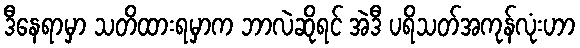
ဒီနေရာမှာ သတိထားရမှာက ဘာလဲဆိုရင် အဲဒီ ပရိသတ်အကုန်လုံးဟာ